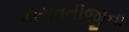
માયવતીજીના